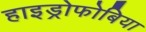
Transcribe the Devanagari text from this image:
हाइड्रोफोबिया